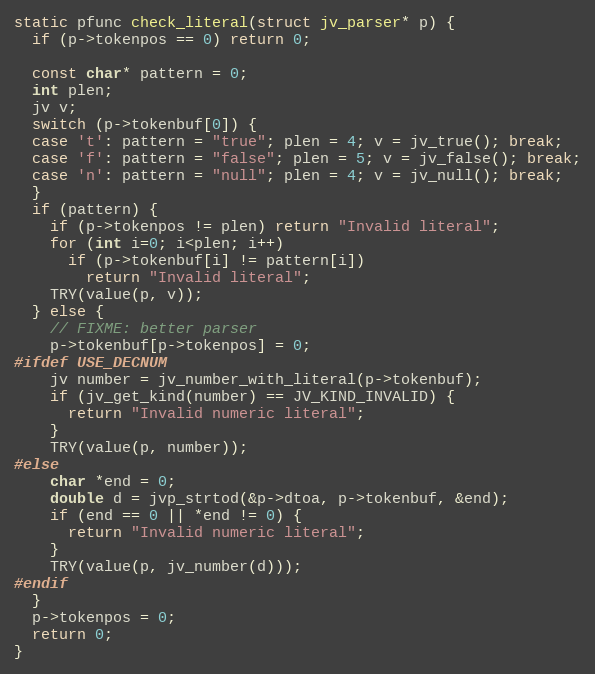
Language: C
static pfunc check_literal(struct jv_parser* p) {
  if (p->tokenpos == 0) return 0;

  const char* pattern = 0;
  int plen;
  jv v;
  switch (p->tokenbuf[0]) {
  case 't': pattern = "true"; plen = 4; v = jv_true(); break;
  case 'f': pattern = "false"; plen = 5; v = jv_false(); break;
  case 'n': pattern = "null"; plen = 4; v = jv_null(); break;
  }
  if (pattern) {
    if (p->tokenpos != plen) return "Invalid literal";
    for (int i=0; i<plen; i++)
      if (p->tokenbuf[i] != pattern[i])
        return "Invalid literal";
    TRY(value(p, v));
  } else {
    // FIXME: better parser
    p->tokenbuf[p->tokenpos] = 0;
#ifdef USE_DECNUM
    jv number = jv_number_with_literal(p->tokenbuf);
    if (jv_get_kind(number) == JV_KIND_INVALID) {
      return "Invalid numeric literal";
    }
    TRY(value(p, number));
#else
    char *end = 0;
    double d = jvp_strtod(&p->dtoa, p->tokenbuf, &end);
    if (end == 0 || *end != 0) {
      return "Invalid numeric literal";
    }
    TRY(value(p, jv_number(d)));
#endif
  }
  p->tokenpos = 0;
  return 0;
}